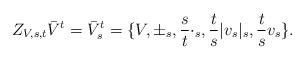
LaTeX: \begin{align*}Z_{V,s,t}\bar{V}^{t}= \bar{V}^{t}_{s}=\{V,\pm_{s}, \frac{s}{t}\cdot_{s},\frac{t}{s}|v_{s}|_{s},\frac{t}{s}v_{s}\}.\end{align*}